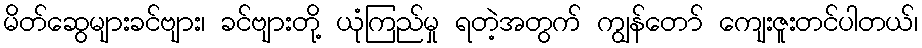
မိတ်ဆွေများခင်ဗျား၊ ခင်ဗျားတို့ ယုံကြည်မှု ရတဲ့အတွက် ကျွန်တော် ကျေးဇူးတင်ပါတယ်၊